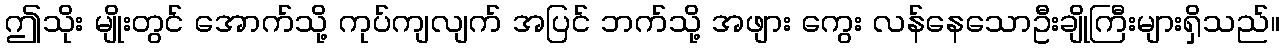
ဤသိုး မျိုးတွင် အောက်သို့ ကုပ်ကျလျက် အပြင် ဘက်သို့ အဖျား ကွေး လန်နေသောဦးချိုကြီးများရှိသည်။